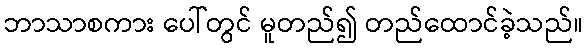
ဘာသာစကား ပေါ်တွင် မူတည်၍ တည်ထောင်ခဲ့သည်။